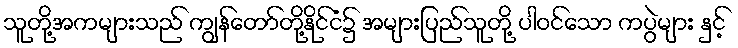
သူတို့အကများသည် ကျွန်တော်တို့နိုင်ငံ၌ အများပြည်သူတို့ ပါဝင်သော ကပွဲများ နှင့်